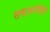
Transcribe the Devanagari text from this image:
समाजस्वीकृत